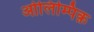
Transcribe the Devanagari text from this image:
ओलिम्पिक़